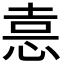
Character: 𭜶